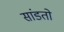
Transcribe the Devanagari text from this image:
सांडतो